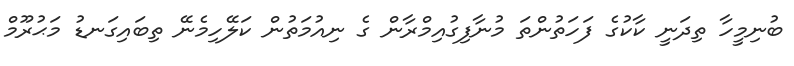
ބުނިމީހާ ތިދަނީ ކާކުގެ ފަހަތުންތަ މުނާފިގުއިމްރާން ގެ ނިއުމަތުން ކަލޭހިމެނޭ ތިބައިގަނޑު މަޙުރޫމް